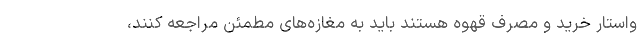
واستار خرید و مصرف قهوه هستند باید به مغازه‌های مطمئن مراجعه کنند،